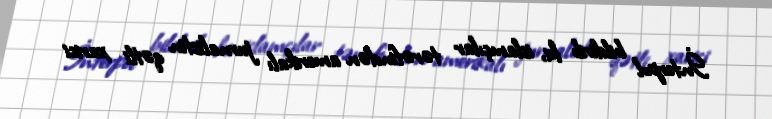
İnterpol bildirib ki, islamçılar tərəfindən amerikalı jurnalistin qətli xarici